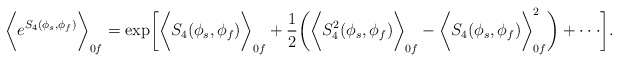
\begin{align*}\biggl<e^{S_4(\phi_s,\phi_f)}\biggr>_{0f}=\exp\biggl[\biggl<S_4(\phi_s,\phi_f)\biggr>_{0f}+\frac{1}{2}\biggl(\biggl<S_4^2(\phi_s,\phi_f)\biggr>_{0f}-\biggl<S_4(\phi_s,\phi_f)\biggr>^2_{0f}\biggr)+\cdot\cdot\cdot\biggr].\end{align*}